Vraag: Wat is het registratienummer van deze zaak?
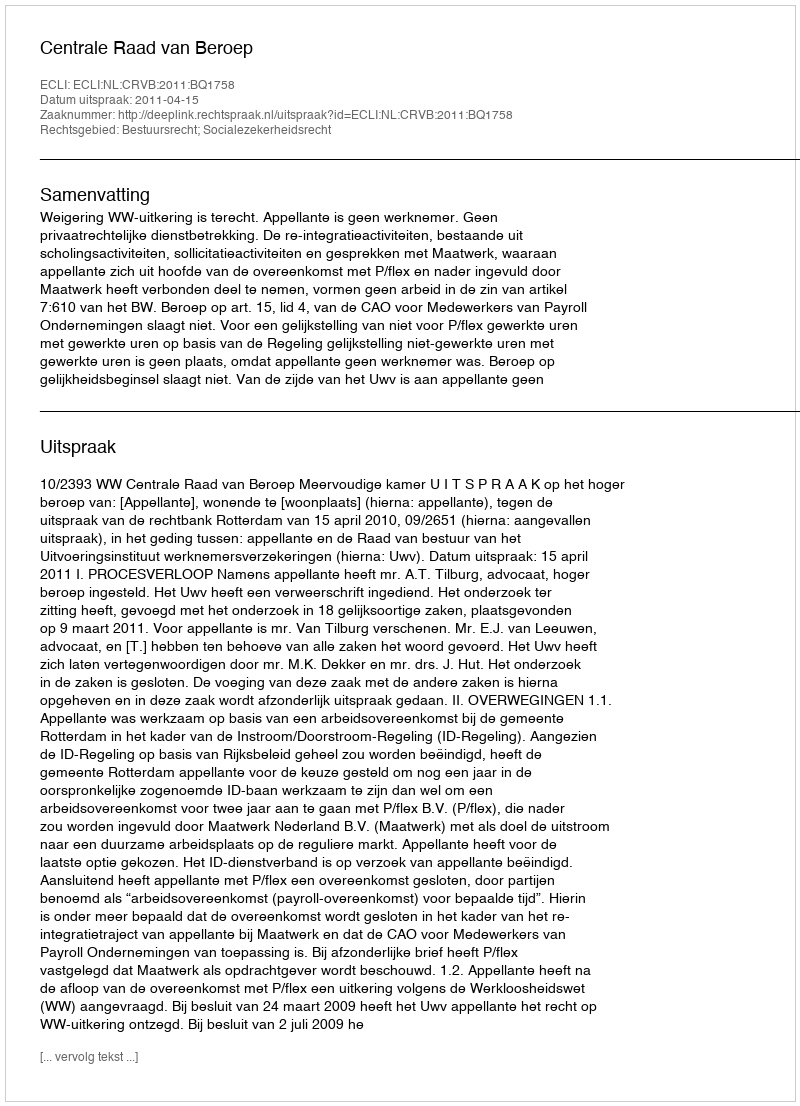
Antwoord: http://deeplink.rechtspraak.nl/uitspraak?id=ECLI:NL:CRVB:2011:BQ1758